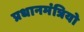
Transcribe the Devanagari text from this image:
प्रधानमंत्रियो